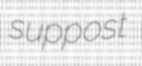
suppost